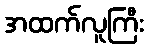
အထက်လူကြီး